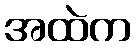
အထဲက